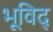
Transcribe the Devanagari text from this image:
भूविद्